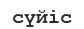
сүйіс